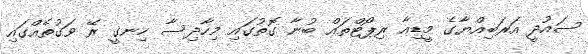
ސައުދީ އަރަބިއްޔާގެ މީޑިއާ ރިޕޯޓްތައް ބުނާ ގޮތުގައި މިހާދިސާ ހިނގީ ރޭ ވަގުތެއްގައި